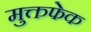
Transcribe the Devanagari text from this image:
मुक्तफेक